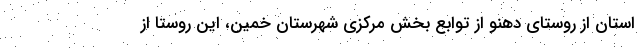
استان از روستای دهنو از توابع بخش مرکزی شهرستان خمین، این روستا از